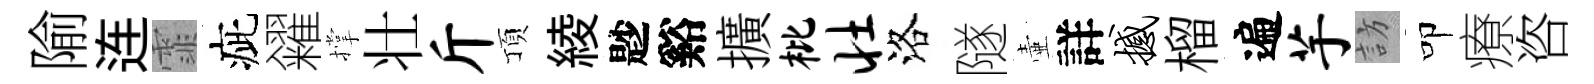
隃连霏疵糴撑壮斤頂綾尟谿擴枇壮洛隧壷詳撼榴遍芋訪叩療咨